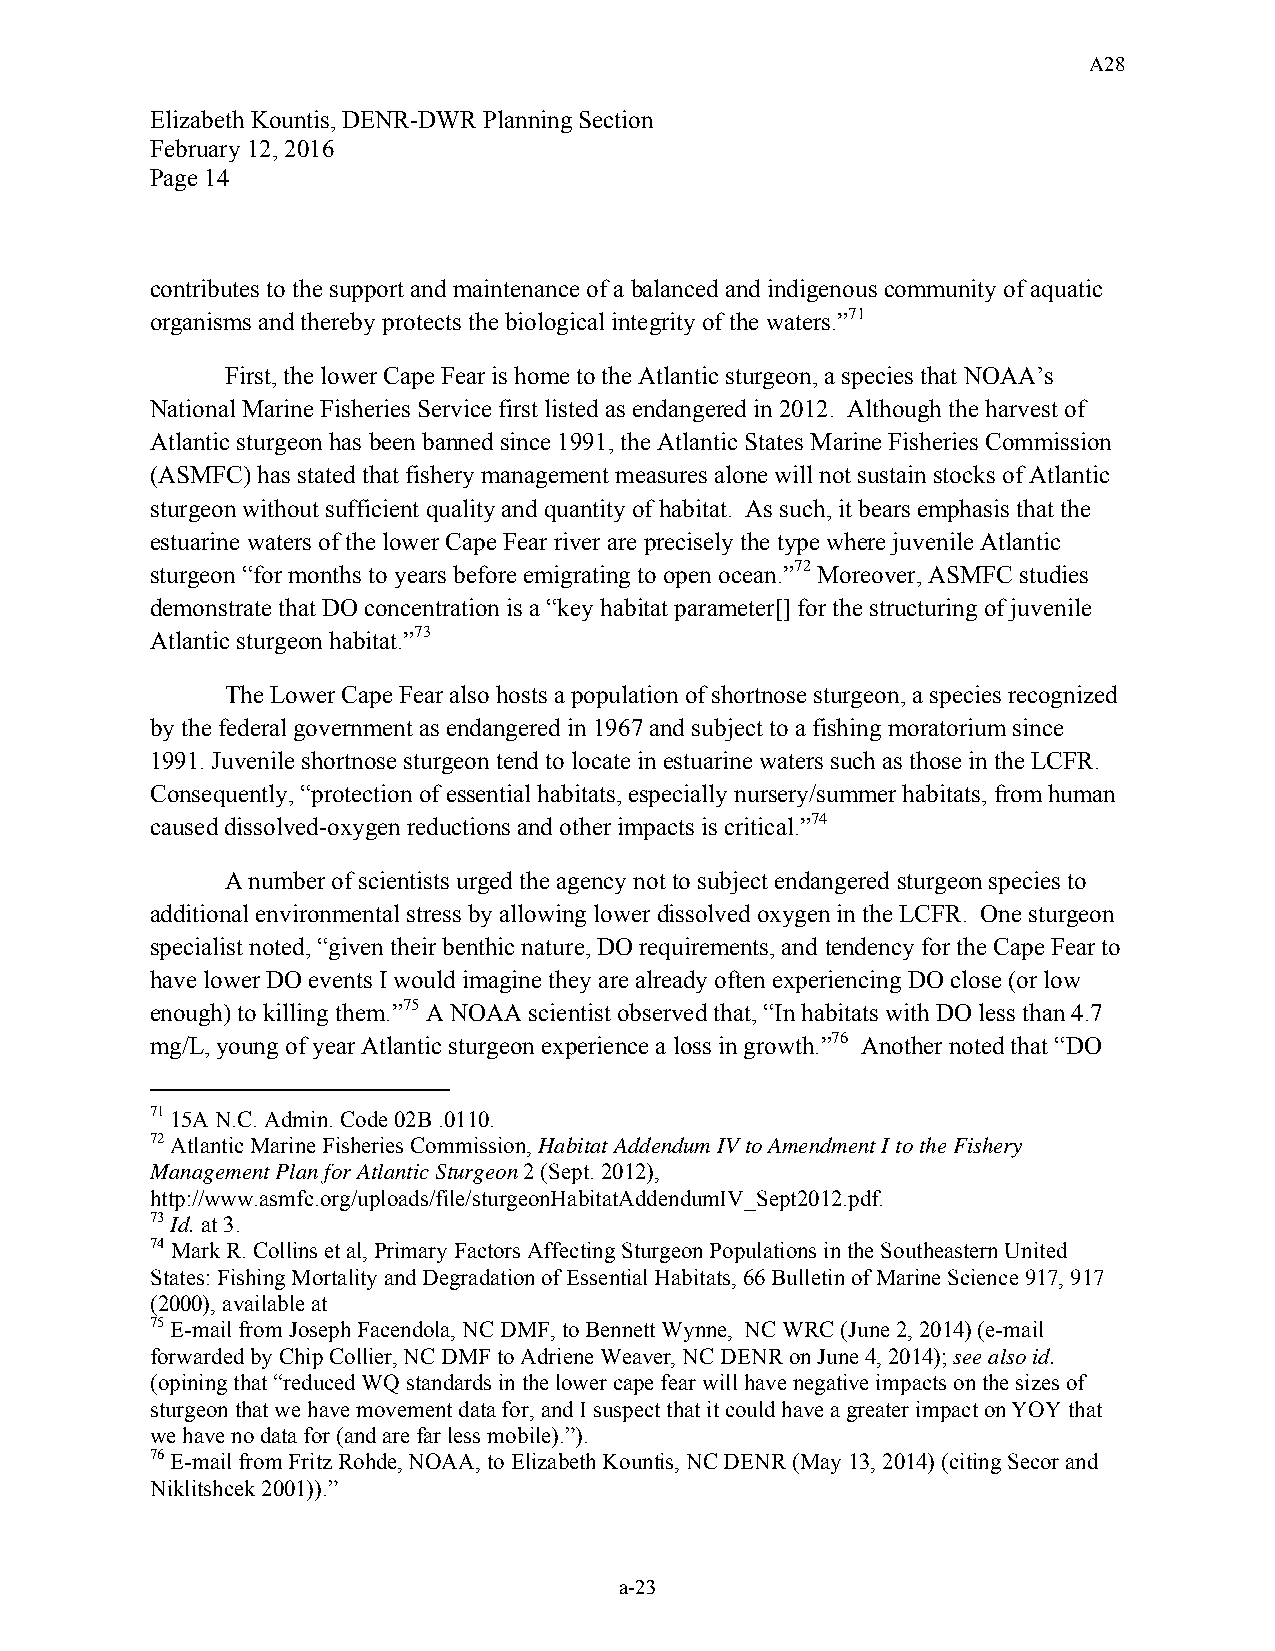
A28
 Elizabeth Kountis, DENR-DWR Planning Section
 February 12, 2016
 Page 14
 contributes to the support and maintenance of a balanced and indigenous community of aquatic
 organisms and thereby protects the biological integrity of the waters.”71
 First, the lower Cape Fear is home to the Atlantic sturgeon, a species that NOAA’s
 National Marine Fisheries Service first listed as endangered in 2012. Although the harvest of
 Atlantic sturgeon has been banned since 1991, the Atlantic States Marine Fisheries Commission
 (ASMFC) has stated that fishery management measures alone will not sustain stocks of Atlantic
 sturgeon without sufficient quality and quantity of habitat. As such, it bears emphasis that the
 estuarine waters of the lower Cape Fear river are precisely the type where juvenile Atlantic
 sturgeon “for months to years before emigrating to open ocean.”72 Moreover, ASMFC studies
 demonstrate that DO concentration is a “key habitat parameter[] for the structuring of juvenile
 Atlantic sturgeon habitat.”73
 The Lower Cape Fear also hosts a population of shortnose sturgeon, a species recognized
 by the federal government as endangered in 1967 and subject to a fishing moratorium since
 1991. Juvenile shortnose sturgeon tend to locate in estuarine waters such as those in the LCFR.
 Consequently, “protection of essential habitats, especially nursery/summer habitats, from human
 caused dissolved-oxygen reductions and other impacts is critical.”74
 A number of scientists urged the agency not to subject endangered sturgeon species to
 additional environmental stress by allowing lower dissolved oxygen in the LCFR. One sturgeon
 specialist noted, “given their benthic nature, DO requirements, and tendency for the Cape Fear to
 have lower DO events I would imagine they are already often experiencing DO close (or low
 enough) to killing them.”75 A NOAA scientist observed that, “In habitats with DO less than 4.7
 mg/L, young of year Atlantic sturgeon experience a loss in growth.”76 Another noted that “DO
 71 15A N.C. Admin. Code 02B .0110.
 72 Atlantic Marine Fisheries Commission, Habitat Addendum IV to Amendment I to the Fishery
 Management Plan for Atlantic Sturgeon 2 (Sept. 2012),
 http://www.asmfc.org/uploads/file/sturgeonHabitatAddendumIV_Sept2012.pdf.
 73 Id. at 3.
 74 Mark R. Collins et al, Primary Factors Affecting Sturgeon Populations in the Southeastern United
 States: Fishing Mortality and Degradation of Essential Habitats, 66 Bulletin of Marine Science 917, 917
 (2000), available at
 75 E-mail from Joseph Facendola, NC DMF, to Bennett Wynne, NC WRC (June 2, 2014) (e-mail
 forwarded by Chip Collier, NC DMF to Adriene Weaver, NC DENR on June 4, 2014); see also id.
 (opining that “reduced WQ standards in the lower cape fear will have negative impacts on the sizes of
 sturgeon that we have movement data for, and I suspect that it could have a greater impact on YOY that
 we have no data for (and are far less mobile).”).
 76 E-mail from Fritz Rohde, NOAA, to Elizabeth Kountis, NC DENR (May 13, 2014) (citing Secor and
 Niklitshcek 2001)).”
 a-23